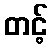
တင့်